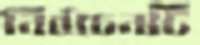
নির্বাচনটি